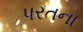
પરતના